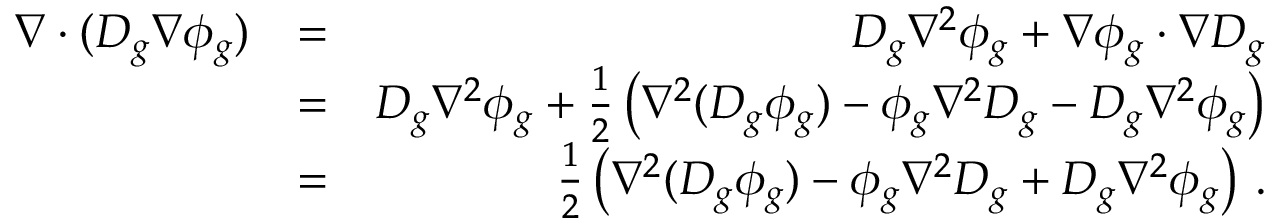
\begin{array} { r l r } { \nabla \cdot ( D _ { g } \nabla \phi _ { g } ) } & { = } & { D _ { g } \nabla ^ { 2 } \phi _ { g } + \nabla \phi _ { g } \cdot \nabla D _ { g } } \\ & { = } & { D _ { g } \nabla ^ { 2 } \phi _ { g } + \frac { 1 } { 2 } \left( \nabla ^ { 2 } ( D _ { g } \phi _ { g } ) - \phi _ { g } \nabla ^ { 2 } D _ { g } - D _ { g } \nabla ^ { 2 } \phi _ { g } \right) } \\ & { = } & { \frac { 1 } { 2 } \left( \nabla ^ { 2 } ( D _ { g } \phi _ { g } ) - \phi _ { g } \nabla ^ { 2 } D _ { g } + D _ { g } \nabla ^ { 2 } \phi _ { g } \right) \, . } \end{array}